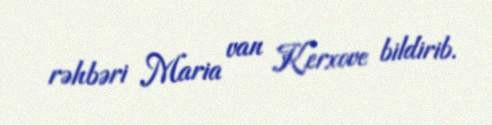
rəhbəri Maria van Kerxove bildirib.